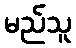
မည်သူ